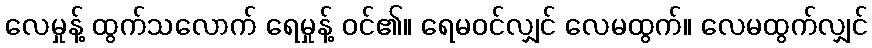
လေမှုန့် ထွက်သလောက် ရေမှုန့် ဝင်၏။ ရေမဝင်လျှင် လေမထွက်။ လေမထွက်လျှင်